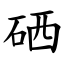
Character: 硒